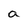
Character: a